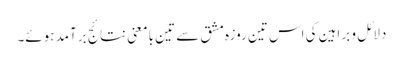
دلائل و براہین کی اس تین روزہ مشق سے تین بامعنی نتائج برآمد ہوئے۔